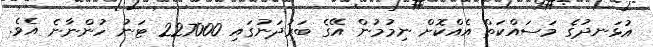
އުޅަނދުގެ މަސައްކަތް އެއްކޮށް ނިމުމުން އޭގެ ބަރުދަނުގައި 227000 ޓަނު ހުންނާނެ އެވެ.